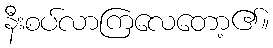
နီးစပ်လာကြလေတော့၏။